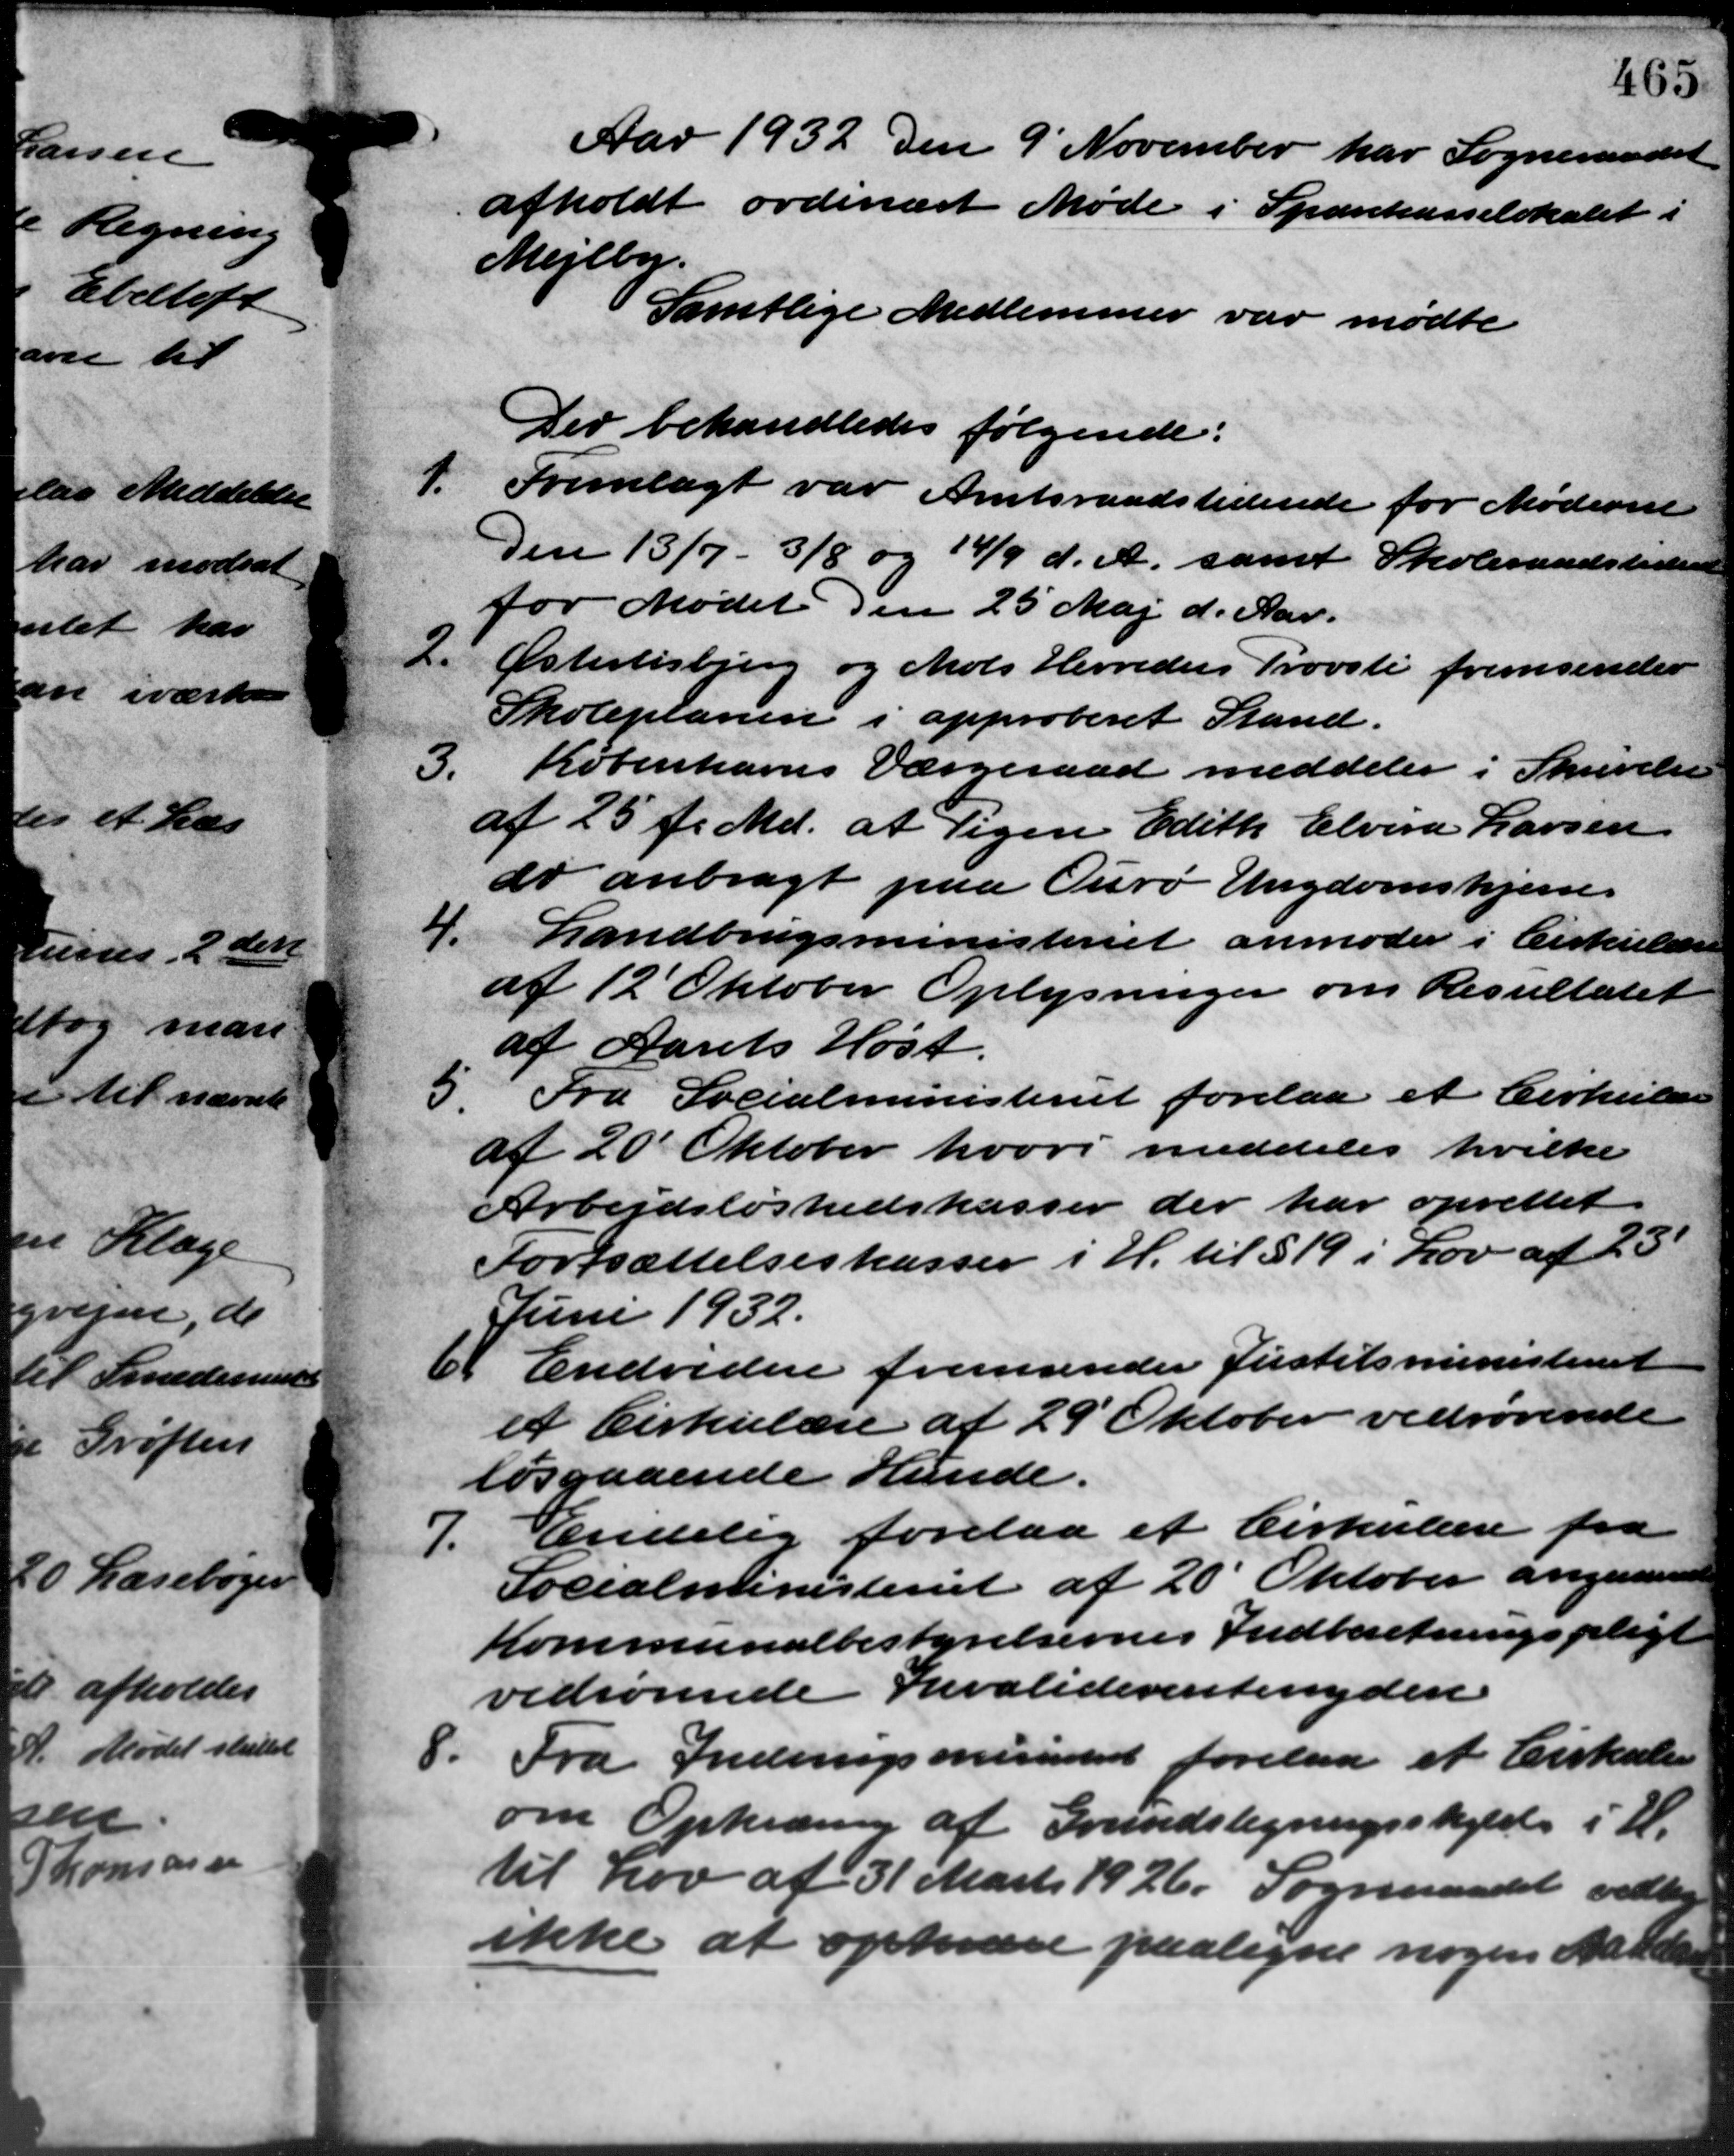
Transskription:
Aar 1932 den 9´November har Sogneraadet
afholdt ordinært Møde i Sparekasselokalet i
Mejlby.
Samtlige Medlemmer var mødte
Der behandledes følgende:
1.
Fremlagt var Amtsraadstidende for Møderne
Den 13/7 - 3/8 og 14/9 d. A. samt Skoleraadstiden
for Mødet den 25 Maj d. Aar.
2.
Østerlisbjerg og Mols Herreders Provsti fremsender
Skoleplanen i approberet Stand.
Københavns Værgeraad meddeler i Skrivelse
3.
af 25 f. Md. at Pigen Edith Elvira Larsen.
do anbragt paa Ourø Ungdomshjem.
4.
Landbrugsministeriet anmoder i Cirkulære
af 12 Oktober Oplysninger om Resultatet
af Aarets Høst.
5
Fra Socialministeriet forelaa et Cirkulære
af 20 Oktober hvori meddeles hvilke
Arbejdsløshedskasser der har oprettet
Fortsættelseskasser i H. til § 19 i Lov af 23
Juni 1932.
6
Endvidere fremsender Justitsministeriet
et Cirkulære af 29´Oktober vedrørende
løsgaaende Hunde.
7.
Endelig forelaa et Cirkulære fra
Socialministeriet af 20´ Oktober angaaende
Kommunalbestyrelsernes Indberetningspligt
vedrørende Invaliderentenydere
8.
Fra Indenrigsministeriet forelaa et Cirkulære
om Opkrævning af Grundstegningsskyld i H.
til Lov af 31 Marts 1926. Sogneraadet vedtoge
ikke at opkræve paaligne nogen Madelse